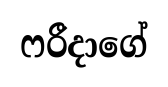
ෆරීදාගේ